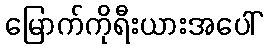
မြောက်ကိုရီးယားအပေါ်